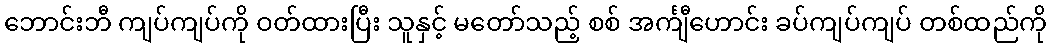
ဘောင်းဘီ ကျပ်ကျပ်ကို ဝတ်ထားပြီး သူနှင့် မတော်သည့် စစ် အင်္ကျီဟောင်း ခပ်ကျပ်ကျပ် တစ်ထည်ကို